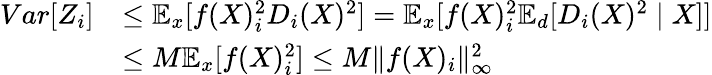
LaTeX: \begin{array}{rl}{Var[Z_{i}]}&{\le\mathbb{E}_{x}[f(X)_{i}^{2}D_{i}(X)^{2}]=\mathbb{E}_{x}[f(X)_{i}^{2}\mathbb{E}_{d}[D_{i}(X)^{2}\mid X]]}\\ &{\leq M\mathbb{E}_{x}[f(X)_{i}^{2}]\leq M\Vert f(X)_{i}\Vert_{\infty}^{2}}\end{array}